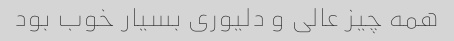
همه چیز عالی و دلیوری بسیار خوب بود